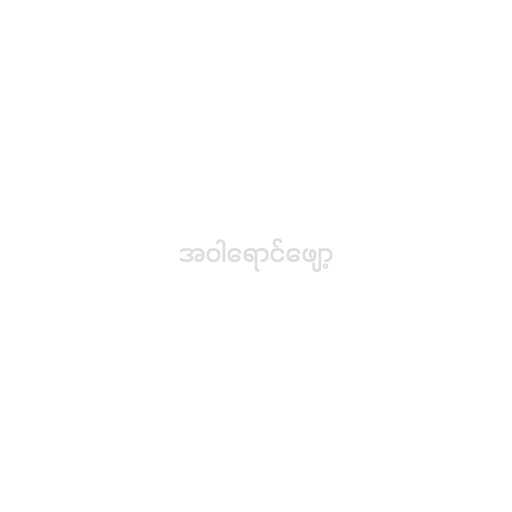
အဝါရောင်ဖျော့